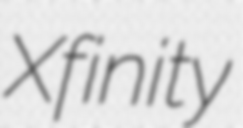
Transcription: Xfinity